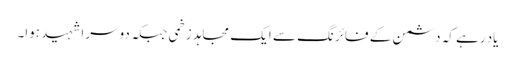
یاد رہے کہ دشمن کے فائرنگ سے ایک مجاہد زخمی جبکہ دوسرا شہید ہوا۔